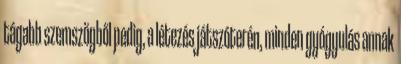
tágabb szemszögből pedig, a létezés játszóterén, minden gyógyulás annak